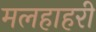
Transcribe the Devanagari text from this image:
मलहाहरी